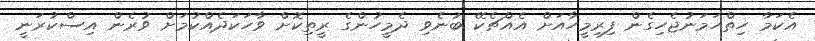
އެކަމާ ހިތްހަމަނުޖެހިގެން ފިރިމީހާއަށް އެއްޗެކޭ ބުނެވި ދެމީހުންގެ ރީތިކޮށް ވާހަކަދެއްކުމަށް ވުރެން އިސްކުރަނީ